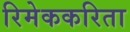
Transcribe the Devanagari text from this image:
रिमेककरिता